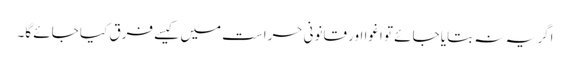
اگر یہ نہ بتایا جائے تو اغوا اور قانونی حراست میں کیسے فرق کیا جائے گا۔